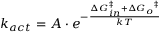
k _ { a c t } = A \cdot e ^ { - { \frac { \Delta { G _ { i n } ^ { \ddagger } } + \Delta { G _ { o } } ^ { \ddagger } } { k T } } }